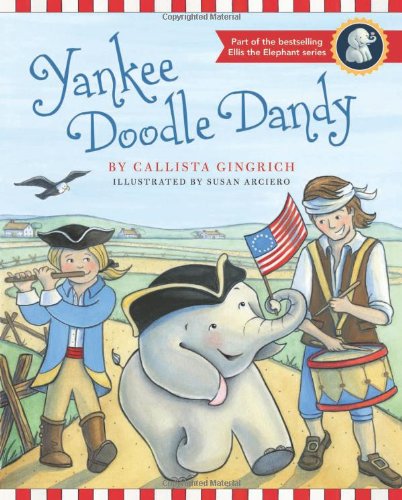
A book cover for Yankee Doodle Dandy (Ellis the Elephant); Callista Gingrich; Children's Books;